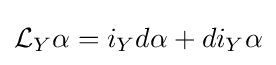
{\mathcal {L}}_{Y}\alpha =i_{Y}d\alpha +di_{Y}\alpha